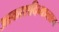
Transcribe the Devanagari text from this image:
आकाशदिव्यालाच